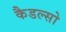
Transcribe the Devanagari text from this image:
कैडल्सो